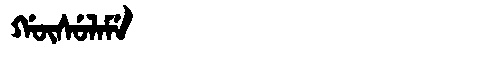
Manchu: ᡤᡡᠰᡠᠯᠠᠮᡝ
Romanization: GŪSULAME